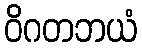
ဝိဂတဘယံ